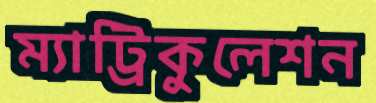
ম্যাট্রিকুলেশন